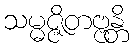
သမ္မဇ္ဇိတဗ္ဗန္တိ